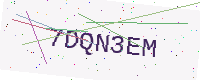
Text: 7DQN3EM